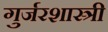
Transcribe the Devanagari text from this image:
गुर्जरशास्त्री